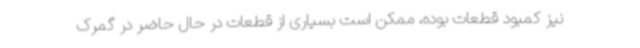
نیز کمبود قطعات بوده، ممکن است بسیاری از قطعات در حال حاضر در گمرک